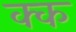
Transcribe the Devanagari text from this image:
क्क